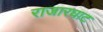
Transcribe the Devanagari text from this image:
राजारघाट